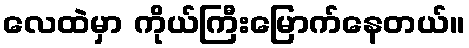
လေထဲမှာ ကိုယ်ကြီးမြောက်နေတယ်။